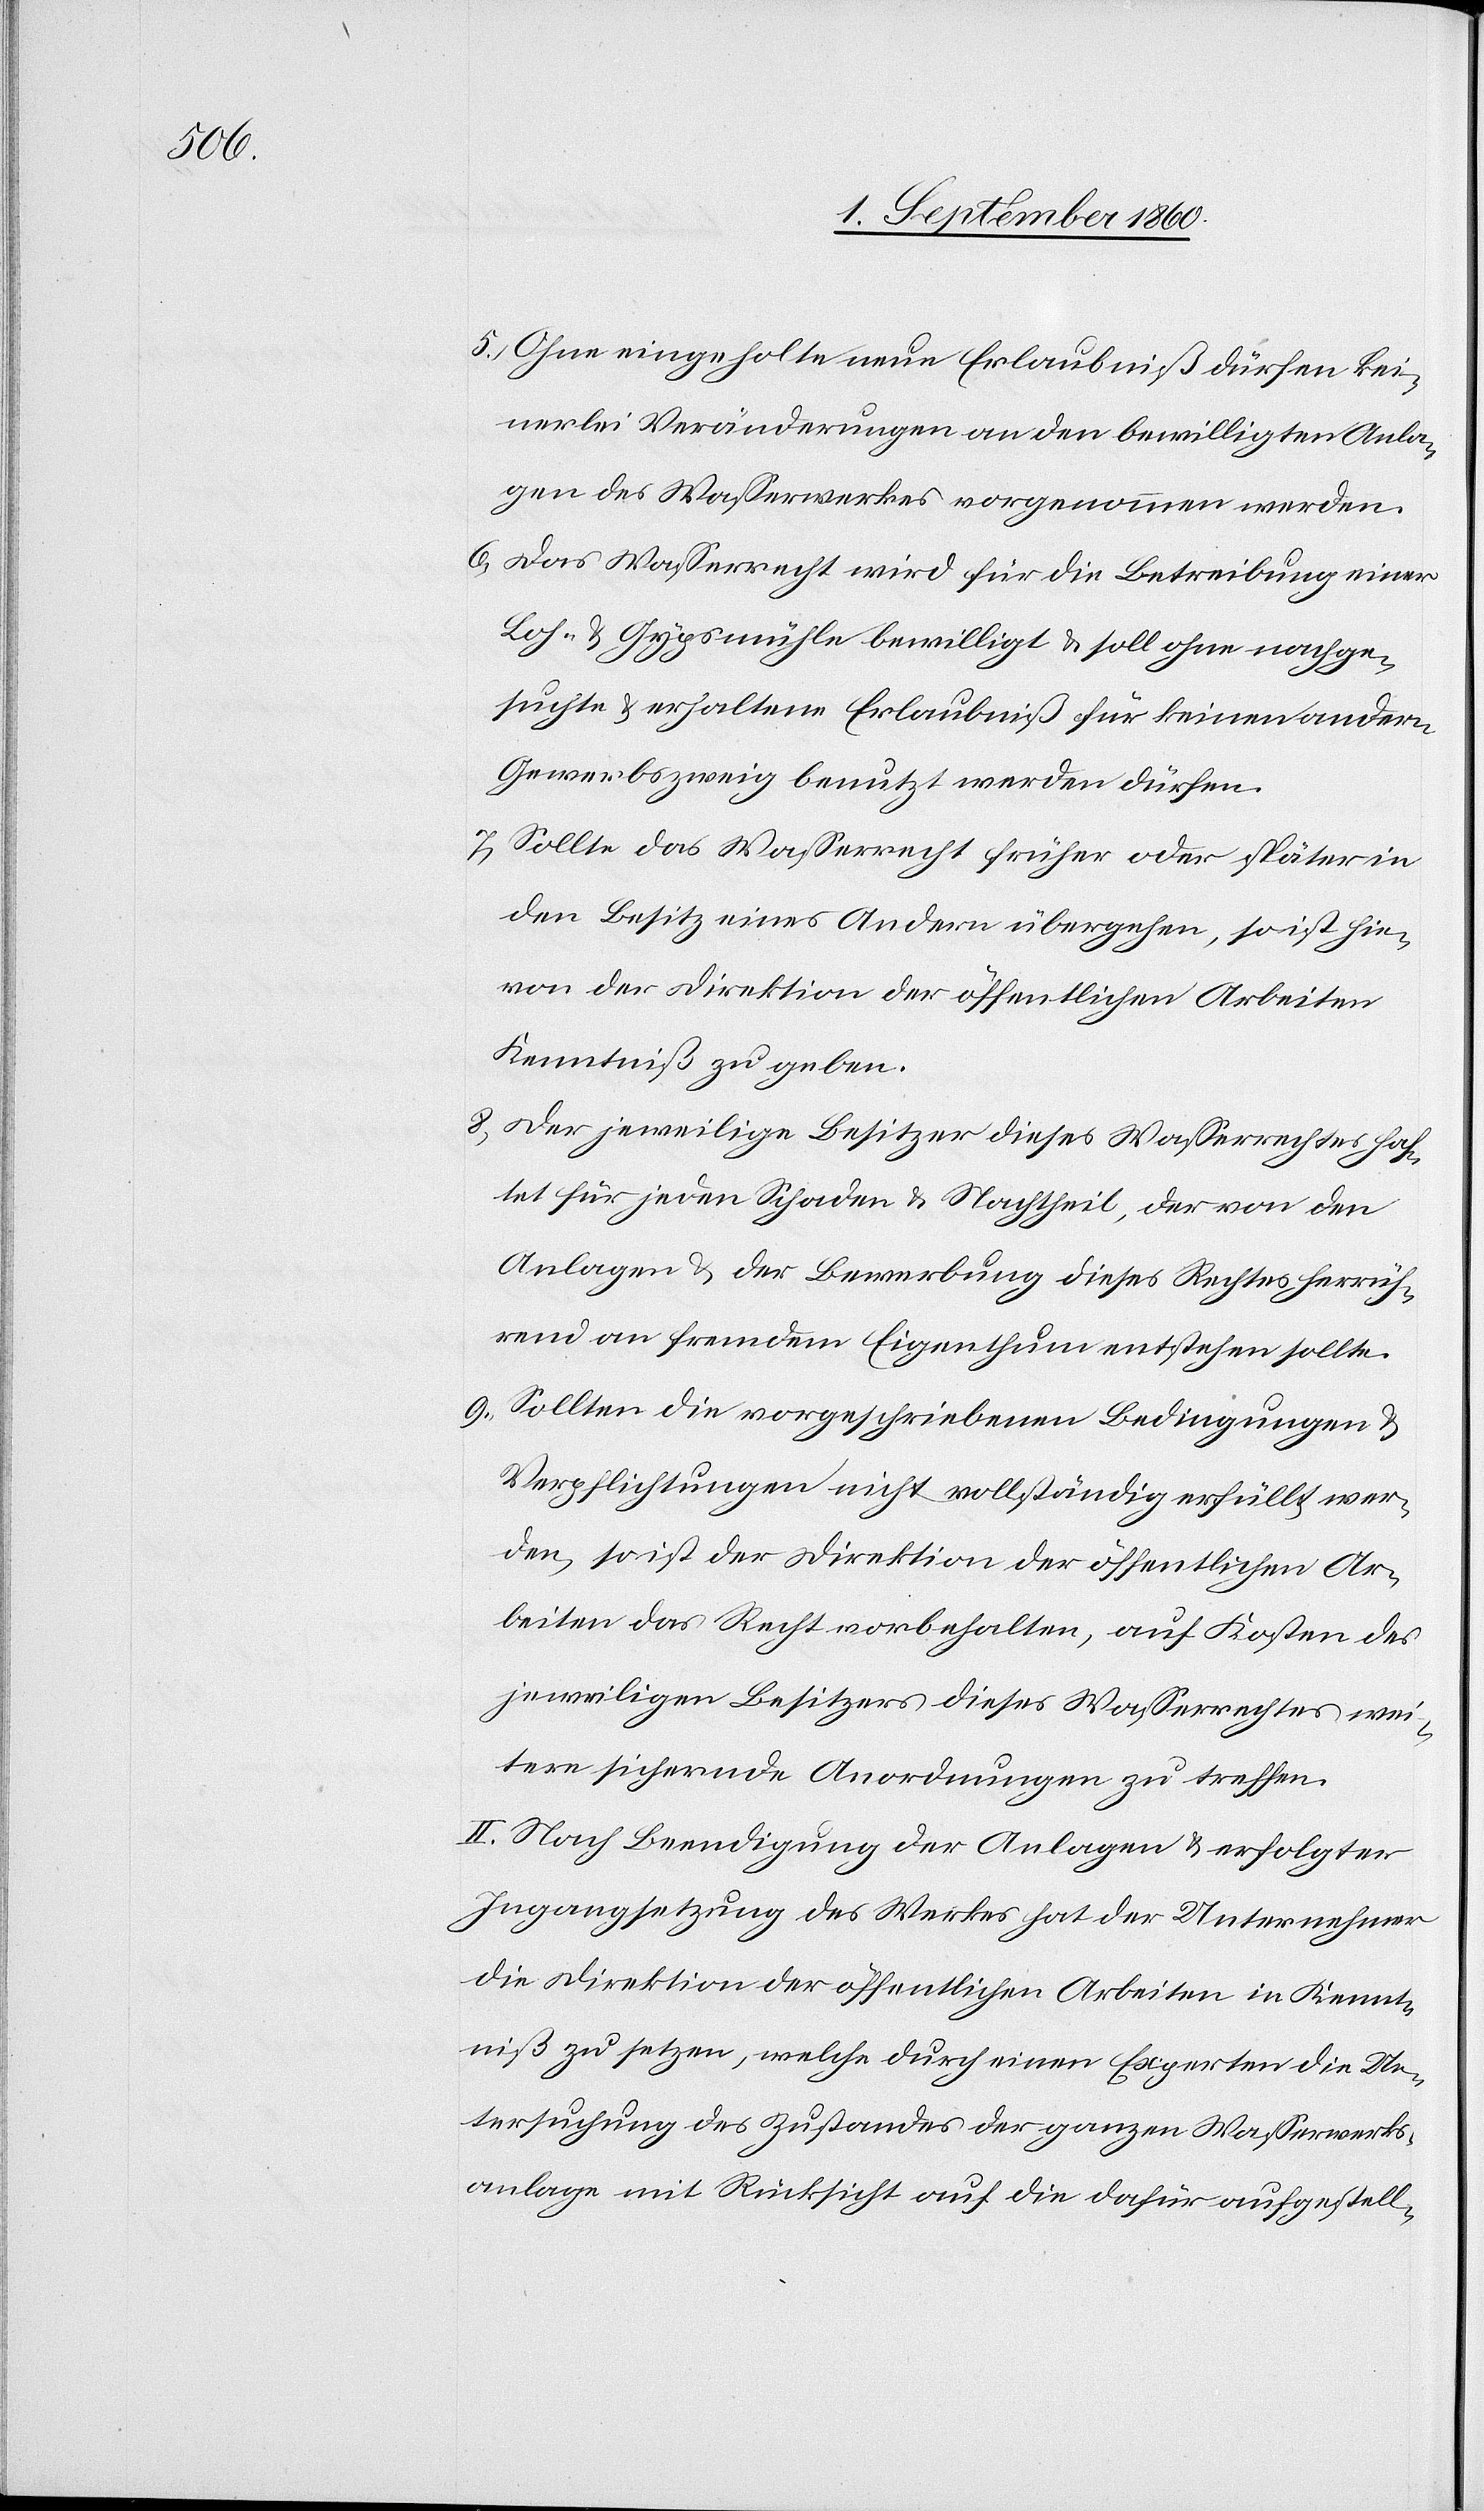
5) Ohne eingeholte neue Erlaubniss dürfen kei¬
nerlei Veränderungen an den bewilligten Anla¬
gen des Wasserwerkes vorgenommen werden.
6) Das Wasserrecht wird für die Betreibung einer
Loh- u. Gypsmühle bewilligt u. soll ohne nachge¬
suchte u. erhaltene Erlaubniss für keinen andern
Gewerbszweig benutzt werden dürfen.
7) Sollte das Wasserrecht früher oder später in
den Besitz eines Andern übergehen, so ist hie¬
von der Direktion der öffentlichen Arbeiten
Kenntniss zu geben.
8) Der jeweilige Besitzer dieses Wasserrechtes haf¬
tet für jeden Schaden u. Nachtheil der von den
Anlagen u. der Bewerbung dieses Rechtes herrüh¬
rend an fremdem Eigenthum entstehen sollte.
9) Sollten die vorgeschriebenen Bedingungen u.
Verpflichtungen nicht vollständig erfüllt wer¬
den, so ist der Direktion der öffentlichen Ar¬
beiten das Recht vorbehalten auf Kosten des
jeweiligen Besitzers dieses Wasserrechtes wei¬
tere sichernde Anordnungen zu treffen.
II. Nach Beendigung der Anlagen u. erfolgter
Ingangsetzung des Werkes hat der Unternehmer
die Direktion der öffentlichen Arbeiten in Kennt¬
niss zu setzen, welche durch einen Experten die Un¬
tersuchung des Zustandes der ganzen Wasserwerks¬
anlage mit Rücksicht auf die dafür aufgestell-